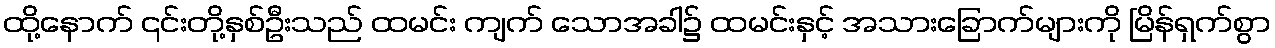
ထို့နောက် ၎င်းတို့နှစ်ဦးသည် ထမင်း ကျက် သောအခါ၌ ထမင်းနှင့် အသားခြောက်များကို မြိန်ရှက်စွာ